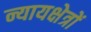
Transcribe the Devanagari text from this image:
न्यायक्षेत्रों